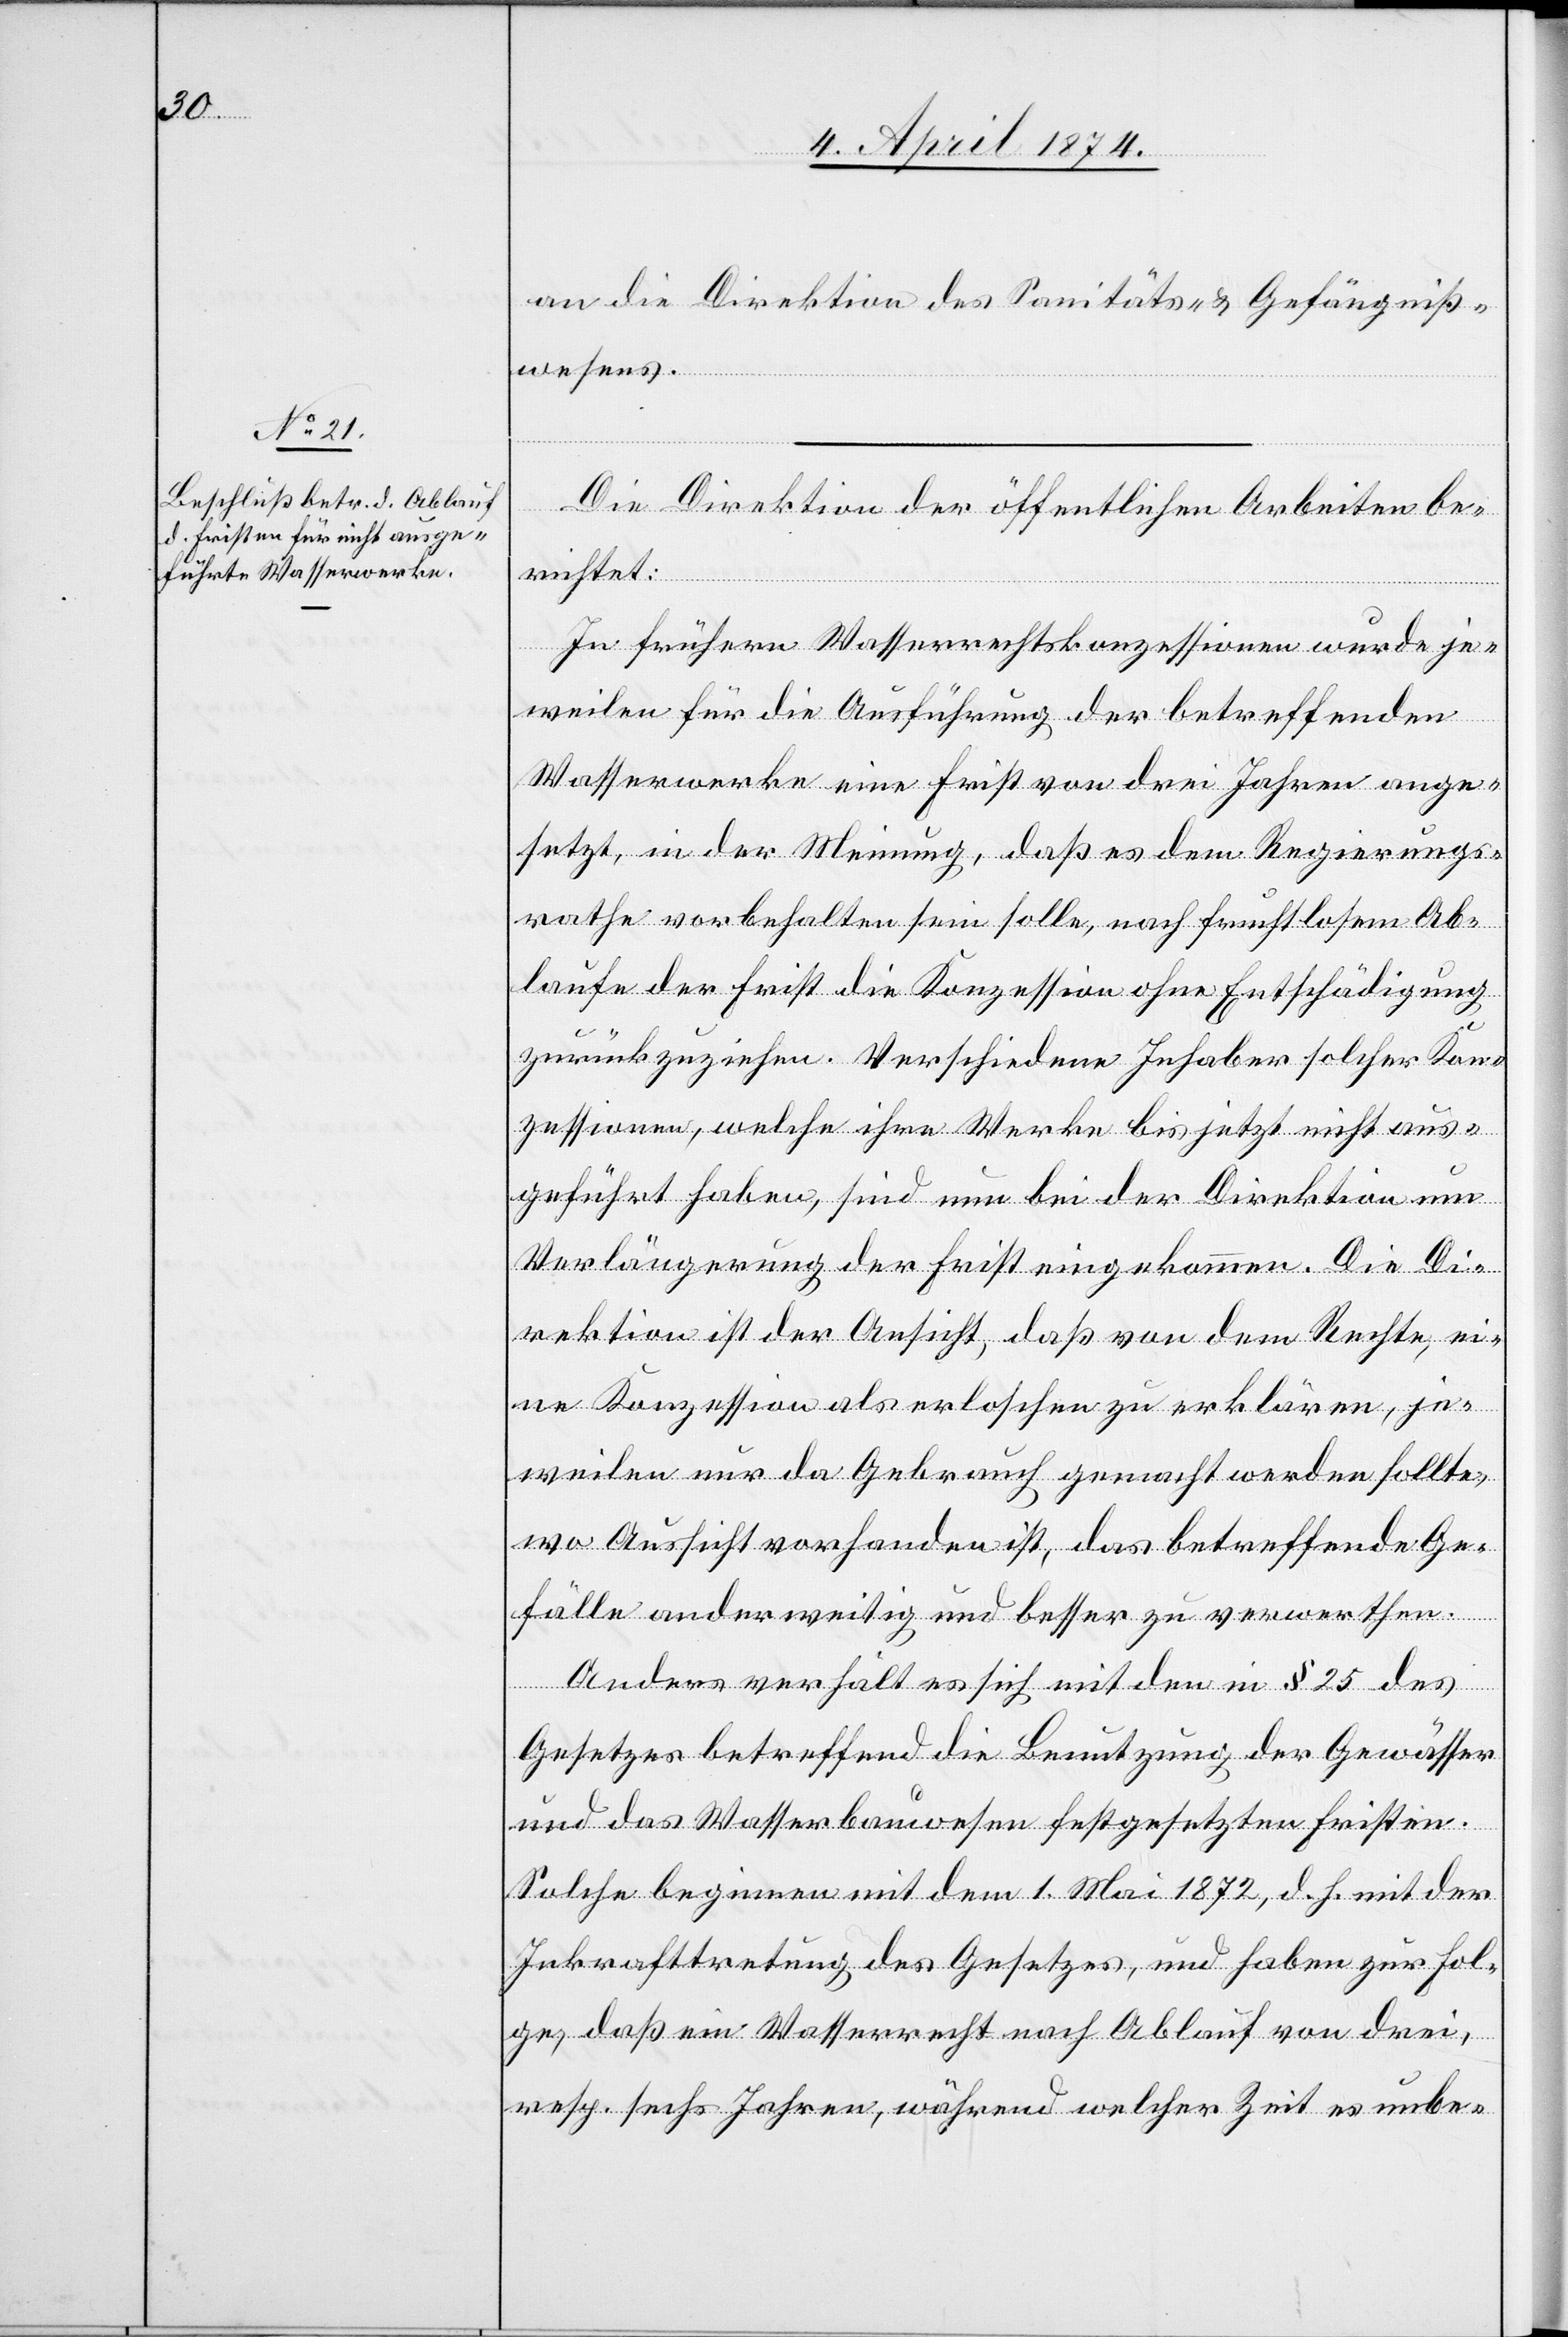
an die Direktion der Sanitäts- u. Gefängniß¬
wesens.
Die Direktion der öffentlichen Arbeiten be¬
richtet:
In frühern Wasserrechtskonzessionen wurde je¬
weilen für die Ausführung der betreffenden
Wasserwerke eine Frist von drei Jahren ange¬
setzt, in der Meinung, daß es dem Regierungs¬
rathe vorbehalten sein solle, nach fruchtlosem Ab¬
laufe der Frist die Konzession ohne Entschädigung
zurückzuziehen. Verschiedene Inhaber solcher Kon¬
zessionen, welche ihre Werke bis jetzt nicht aus¬
geführt haben, sind nun bei der Direktion um
Verlängerung der Frist eingekommen. Die Di¬
rektion ist der Ansicht, daß von dem Rechte, ei¬
ne Konzession als erloschen zu erklären, je¬
weilen nur da Gebrauch gemacht werden sollte,
wo Aussicht vorhanden ist, das betreffende Ge¬
fälle anderweitig und besser zu verwerthen.
Anders verhält es sich mit den in § 25 des
Gesetzes betreffend die Benutzung der Gewässer
und das Wasserbauwesen festgesetzten Fristen.
Solche beginnen mit dem 1. Mai 1872, d. h. mit der
Inkrafttretung des Gesetzes, und haben zur Fol¬
ge, daß ein Wasserrecht nach Ablauf von drei,
resp. sechs Jahren, während welcher Zeit es unbe-